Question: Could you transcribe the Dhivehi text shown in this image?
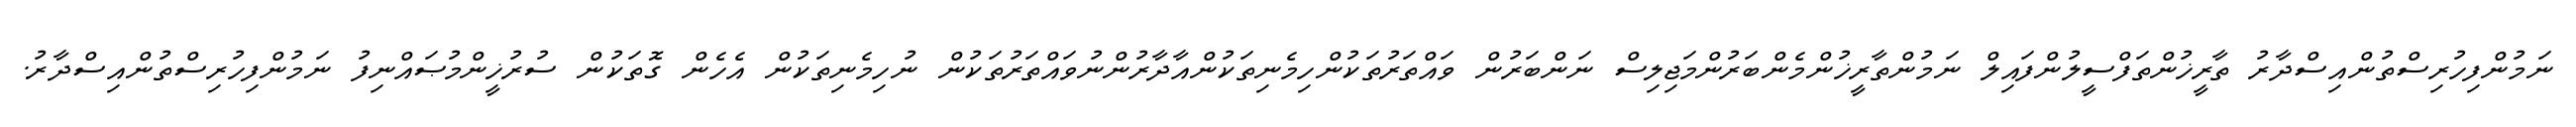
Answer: ނަމުންފިހުރިސްތުންއިސްދާރު ތާރީޚުންތަފްސީލުންފައިލް ނަމުންތާރީޚުންމެންބަރުންމަޖިލިސް ނަންބަރުން ވައްތަރުތަކުންހިމެނިތަކުންއާދާރުންނުވައްތަރުތަކުން ނުހިމެނިތަކުން އެހެން ގޮތަކުން ސުރުޚީންމުޞައްނިފު ނަމުންފިހުރިސްތުންއިސްދާރު.